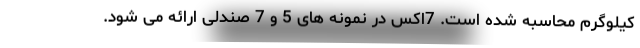
کیلوگرم محاسبه شده است. 7اکس در نمونه های 5 و 7 صندلی ارائه می شود.